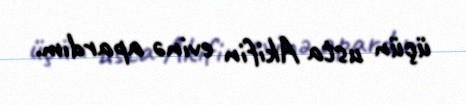
üçün ustа Akifin evinə аpаrdım.